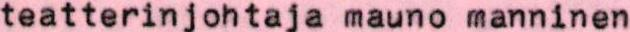
teatterinjohtaja mauno manninen